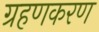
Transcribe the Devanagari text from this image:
ग्रहणकरण